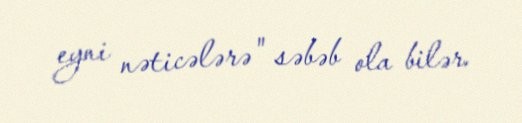
eyni nəticələrə" səbəb ola bilər.